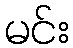
မင်း